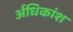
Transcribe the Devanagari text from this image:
र्अधिकांश